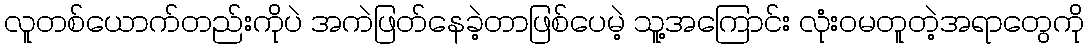
လူတစ်ယောက်တည်းကိုပဲ အကဲဖြတ်နေခဲ့တာဖြစ်ပေမဲ့ သူ့အကြောင်း လုံးဝမတူတဲ့အရာတွေကို